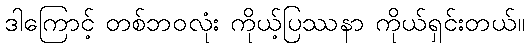
ဒါကြောင့် တစ်ဘဝလုံး ကိုယ့်ပြဿနာ ကိုယ်ရှင်းတယ်။